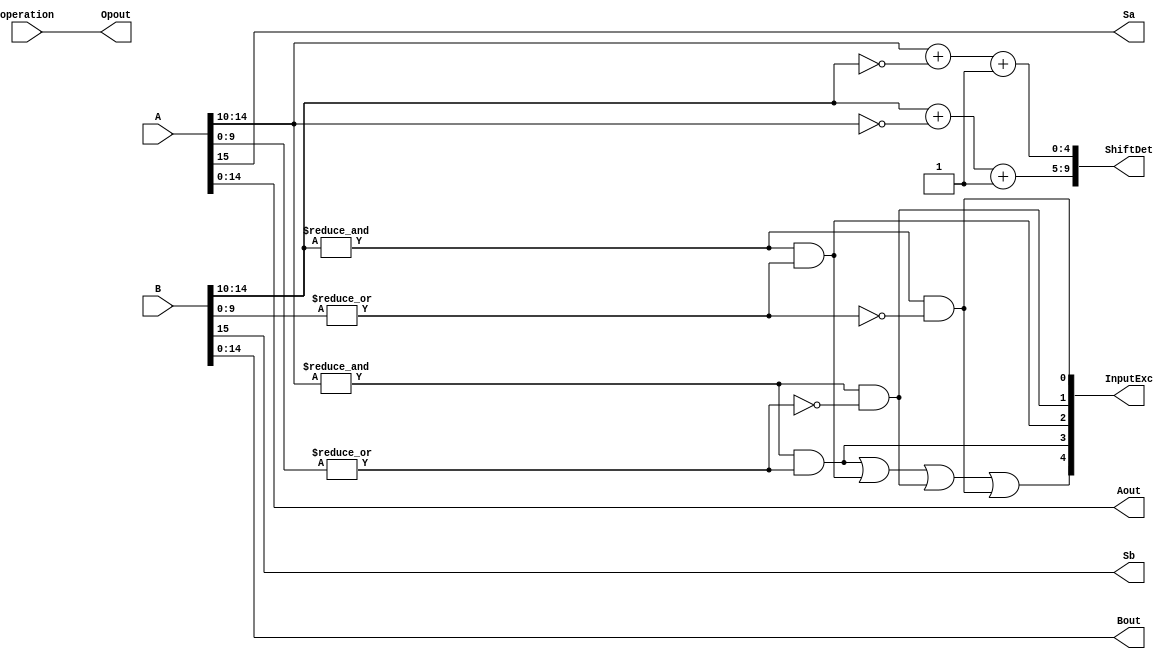
`define BFLOAT16 
`define VCS
`define EXPONENT 8
`define MANTISSA 7
`define EXPONENT 5
`define MANTISSA 10
`define SIGN 1
`define DWIDTH (`SIGN+`EXPONENT+`MANTISSA)
`define AWIDTH 10
`define MEM_SIZE 1024
`define DESIGN_SIZE 12
`define CU_SIZE 4
`define MASK_WIDTH 4
`define MEM_ACCESS_LATENCY 1
`define REG_DATAWIDTH 32
`define REG_ADDRWIDTH 8
`define ITERATIONS_WIDTH 32
`define REG_STDN_ADDR 32'h4
`define REG_MATRIX_A_ADDR 32'he
`define REG_MATRIX_B_ADDR 32'h12
`define REG_MATRIX_C_ADDR 32'h16
`define REG_VALID_MASK_A_ADDR 32'h20
`define REG_VALID_MASK_B_ADDR 32'h5c
`define REG_ITERATIONS_ADDR 32'h40
`define PE_PIPELINE_DEPTH 5
`define IDLE     2'b00
`define W_ENABLE  2'b01
`define R_ENABLE  2'b10

module FPAddSub_PrealignModule(
		A,
		B,
		operation,
		Sa,
		Sb,
		ShiftDet,
		InputExc,
		Aout,
		Bout,
		Opout
	);
	
	// Input ports
	input [`DWIDTH-1:0] A ;										// Input A, a 32-bit floating point number
	input [`DWIDTH-1:0] B ;										// Input B, a 32-bit floating point number
	input operation ;
	
	// Output ports
	output Sa ;												// A's sign
	output Sb ;												// B's sign
	output [2*`EXPONENT-1:0] ShiftDet ;
	output [4:0] InputExc ;								// Input numbers are exceptions
	output [`DWIDTH-2:0] Aout ;
	output [`DWIDTH-2:0] Bout ;
	output Opout ;
	
	// Internal signals									// If signal is high...
	wire ANaN ;												// A is a NaN (Not-a-Number)
	wire BNaN ;												// B is a NaN
	wire AInf ;												// A is infinity
	wire BInf ;												// B is infinity
	wire [`EXPONENT-1:0] DAB ;										// ExpA - ExpB					
	wire [`EXPONENT-1:0] DBA ;										// ExpB - ExpA	
	
	assign ANaN = &(A[`DWIDTH-2:`DWIDTH-1-`EXPONENT]) & |(A[`MANTISSA-1:0]) ;		// All one exponent and not all zero mantissa - NaN
	assign BNaN = &(B[`DWIDTH-2:`DWIDTH-1-`EXPONENT]) & |(B[`MANTISSA-1:0]);		// All one exponent and not all zero mantissa - NaN
	assign AInf = &(A[`DWIDTH-2:`DWIDTH-1-`EXPONENT]) & ~|(A[`MANTISSA-1:0]) ;	// All one exponent and all zero mantissa - Infinity
	assign BInf = &(B[`DWIDTH-2:`DWIDTH-1-`EXPONENT]) & ~|(B[`MANTISSA-1:0]) ;	// All one exponent and all zero mantissa - Infinity
	
	// Put all flags into exception vector
	assign InputExc = {(ANaN | BNaN | AInf | BInf), ANaN, BNaN, AInf, BInf} ;
	
	//assign DAB = (A[30:23] - B[30:23]) ;
	//assign DBA = (B[30:23] - A[30:23]) ;
	assign DAB = (A[`DWIDTH-2:`MANTISSA] + ~(B[`DWIDTH-2:`MANTISSA]) + 1) ;
	assign DBA = (B[`DWIDTH-2:`MANTISSA] + ~(A[`DWIDTH-2:`MANTISSA]) + 1) ;
	
	assign Sa = A[`DWIDTH-1] ;									// A's sign bit
	assign Sb = B[`DWIDTH-1] ;									// B's sign	bit
	assign ShiftDet = {DBA[`EXPONENT-1:0], DAB[`EXPONENT-1:0]} ;		// Shift data
	assign Opout = operation ;
	assign Aout = A[`DWIDTH-2:0] ;
	assign Bout = B[`DWIDTH-2:0] ;
	
endmodule